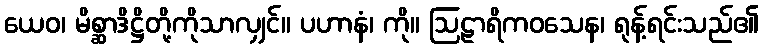
ယေဝ၊ မိစ္ဆာဒိဋ္ဌိတို့ကိုသာလျှင်။ ပဟာနံ၊ ကို။ ဩဠာရိကဝသေန၊ ရုန့်ရင်းသည်၏